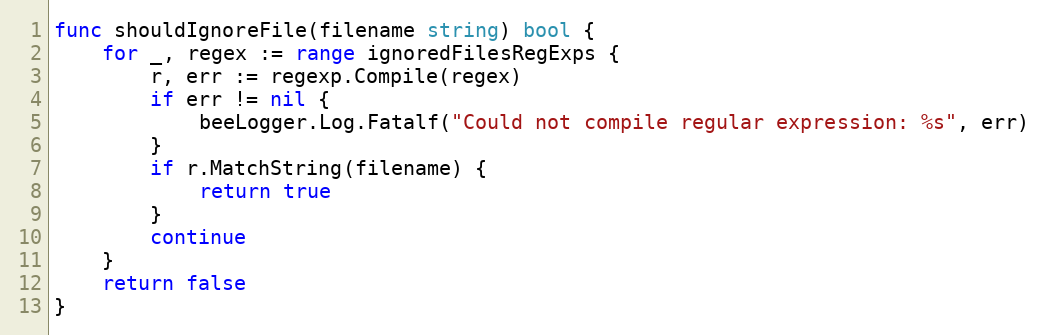
Language: Go
func shouldIgnoreFile(filename string) bool {
	for _, regex := range ignoredFilesRegExps {
		r, err := regexp.Compile(regex)
		if err != nil {
			beeLogger.Log.Fatalf("Could not compile regular expression: %s", err)
		}
		if r.MatchString(filename) {
			return true
		}
		continue
	}
	return false
}